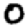
Digit: 0